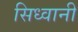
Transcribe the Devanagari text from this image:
सिध्वानी